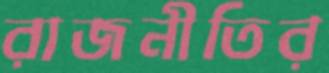
রাজনীতির